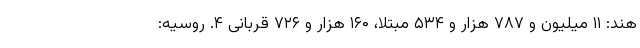
هند: ۱۱ میلیون و ۷۸۷ هزار و ۵۳۴ مبتلا، ۱۶۰ هزار و ۷۲۶ قربانی ۴. روسیه: